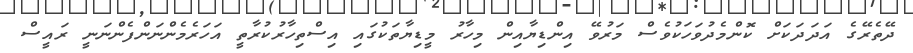
ދޭތެރޭގެ އަދަދަކަށް ކޮންމެދުވަހަކުވެސް މަރުވޭ އިންޑިޔާއިން މިހާރު މީޑިޔާތަކުގައި އިސްތިހާރުކުރާތީ އަހަރެމެންނަންފެންނަނީ ރައީސް